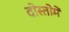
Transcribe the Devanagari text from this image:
दोस्तोमें